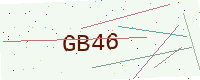
Text: GB46